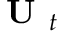
\textbf { U } _ { t }